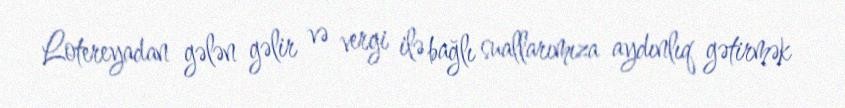
Lotereyadan gələn gəlir və vergi ilə bağlı suallarımıza aydınlıq gətirmək